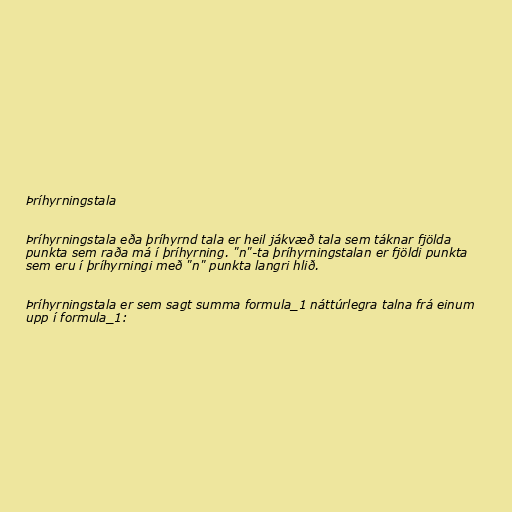
Þríhyrningstala

Þríhyrningstala eða þríhyrnd tala er heil jákvæð tala sem táknar fjölda
punkta sem raða má í þríhyrning. "n"-ta þríhyrningstalan er fjöldi punkta
sem eru í þríhyrningi með "n" punkta langri hlið.

Þríhyrningstala er sem sagt summa formula_1 náttúrlegra talna frá einum
upp í formula_1: